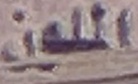
الملون